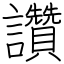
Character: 讚